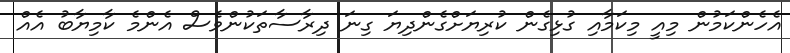
އެހެންކަމުން މިއީ މިކަމާއި ގުޅިގެން ކުރިޔަށްގެންދިޔަ ގިނަ ދިރާސާތަކުންވެސް އެންމެ ކާމިޔާބު އެއް